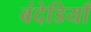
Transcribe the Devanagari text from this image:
बंदेडियाँ